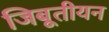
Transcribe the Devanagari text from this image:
जिबूतीयन